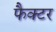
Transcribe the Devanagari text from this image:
फैक्‍टर